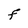
Character: f